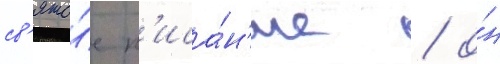
св'ято́е п'иса́н'ие / о́н